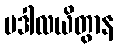
ပဒါလယိတွာန